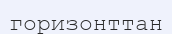
горизонттан